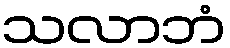
သလာဘံ